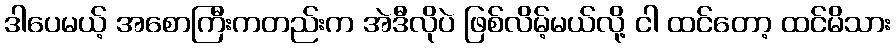
ဒါပေမယ့် အစောကြီးကတည်းက အဲဒီလိုပဲ ဖြစ်လိမ့်မယ်လို့ ငါ ထင်တော့ ထင်မိသား